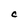
Character: C